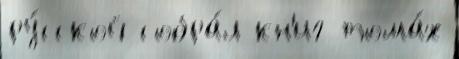
ру́сской собра́л кн'иг тома́х